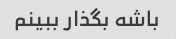
باشه بگذار ببینم